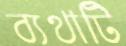
ব্যথাটি